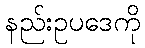
နည်းဥပဒေကို